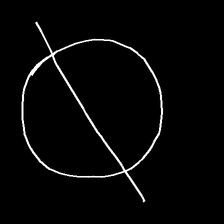
Glyph: orb